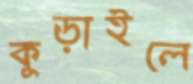
কুড়াইলে